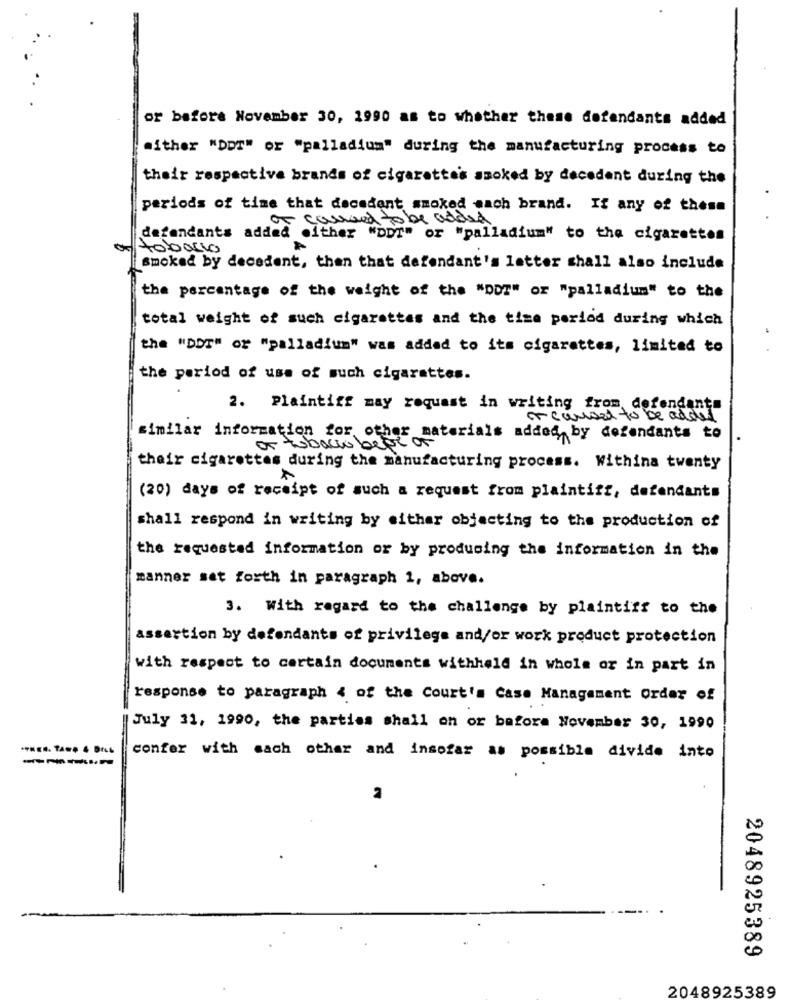
or before November 30, 1990 as to whether theme defendants added
either "DDT" or "palladium" during the manufacturing process to
their respective brands of cigarette's smoked by decadent during the
periods of time that decadent smoked each brand. If any of these
to be added
defendants added either "DDT" or "palladium" to the cigarettes
toballo
smoked by decadent, then that defendant's letter shall also include
the percentage of the weight of the "DDT" or "palladium" to the
total weight of such cigarettes and the time period during which
the "DOT" or "palladium" was added to its cigarettes, limited to
the period of use of much cigarettes.
2. Plaintiff may request in writing from defendants
or coused to be added
similar information for other materials added by defendants to
or tobacco best of
their cigarettes during the manufacturing process. Withina twenty
(20) days of receipt of such a request from plaintiff, defendants
shall respond in writing by either objecting to the production of
the requested information or by producing the information in the
manner set forth in paragraph 1, above.
3. With regard to the challenge by plaintiff to the
assertion by defendants of privilege and/or work product protection
with respect to certain documents withheld in whole or in part in
response to paragraph < of the Court's Case Management Order of
July 31, 1990, the parties shall on or before November 30, 1990
confer with each other and insofar as possible divide into
2048925389
2048925389